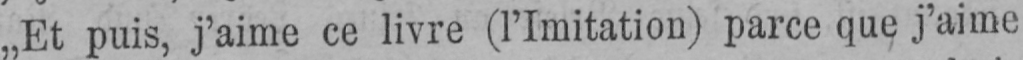
„Et puis, j’aime ce livre (l’Imitation) parce que j’aime